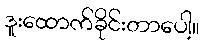
ဒူးထောက်ခိုင်းတာပေါ့။